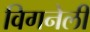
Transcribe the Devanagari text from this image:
विगनेली